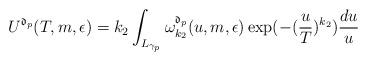
LaTeX: \begin{align*}U^{\mathfrak{d}_{p}}(T,m,\epsilon) = k_{2}\int_{L_{\gamma_{p}}} \omega_{k_2}^{\mathfrak{d}_{p}}(u,m,\epsilon)\exp( -(\frac{u}{T})^{k_2} ) \frac{du}{u}\end{align*}